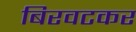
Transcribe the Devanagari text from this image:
बिरवटकर